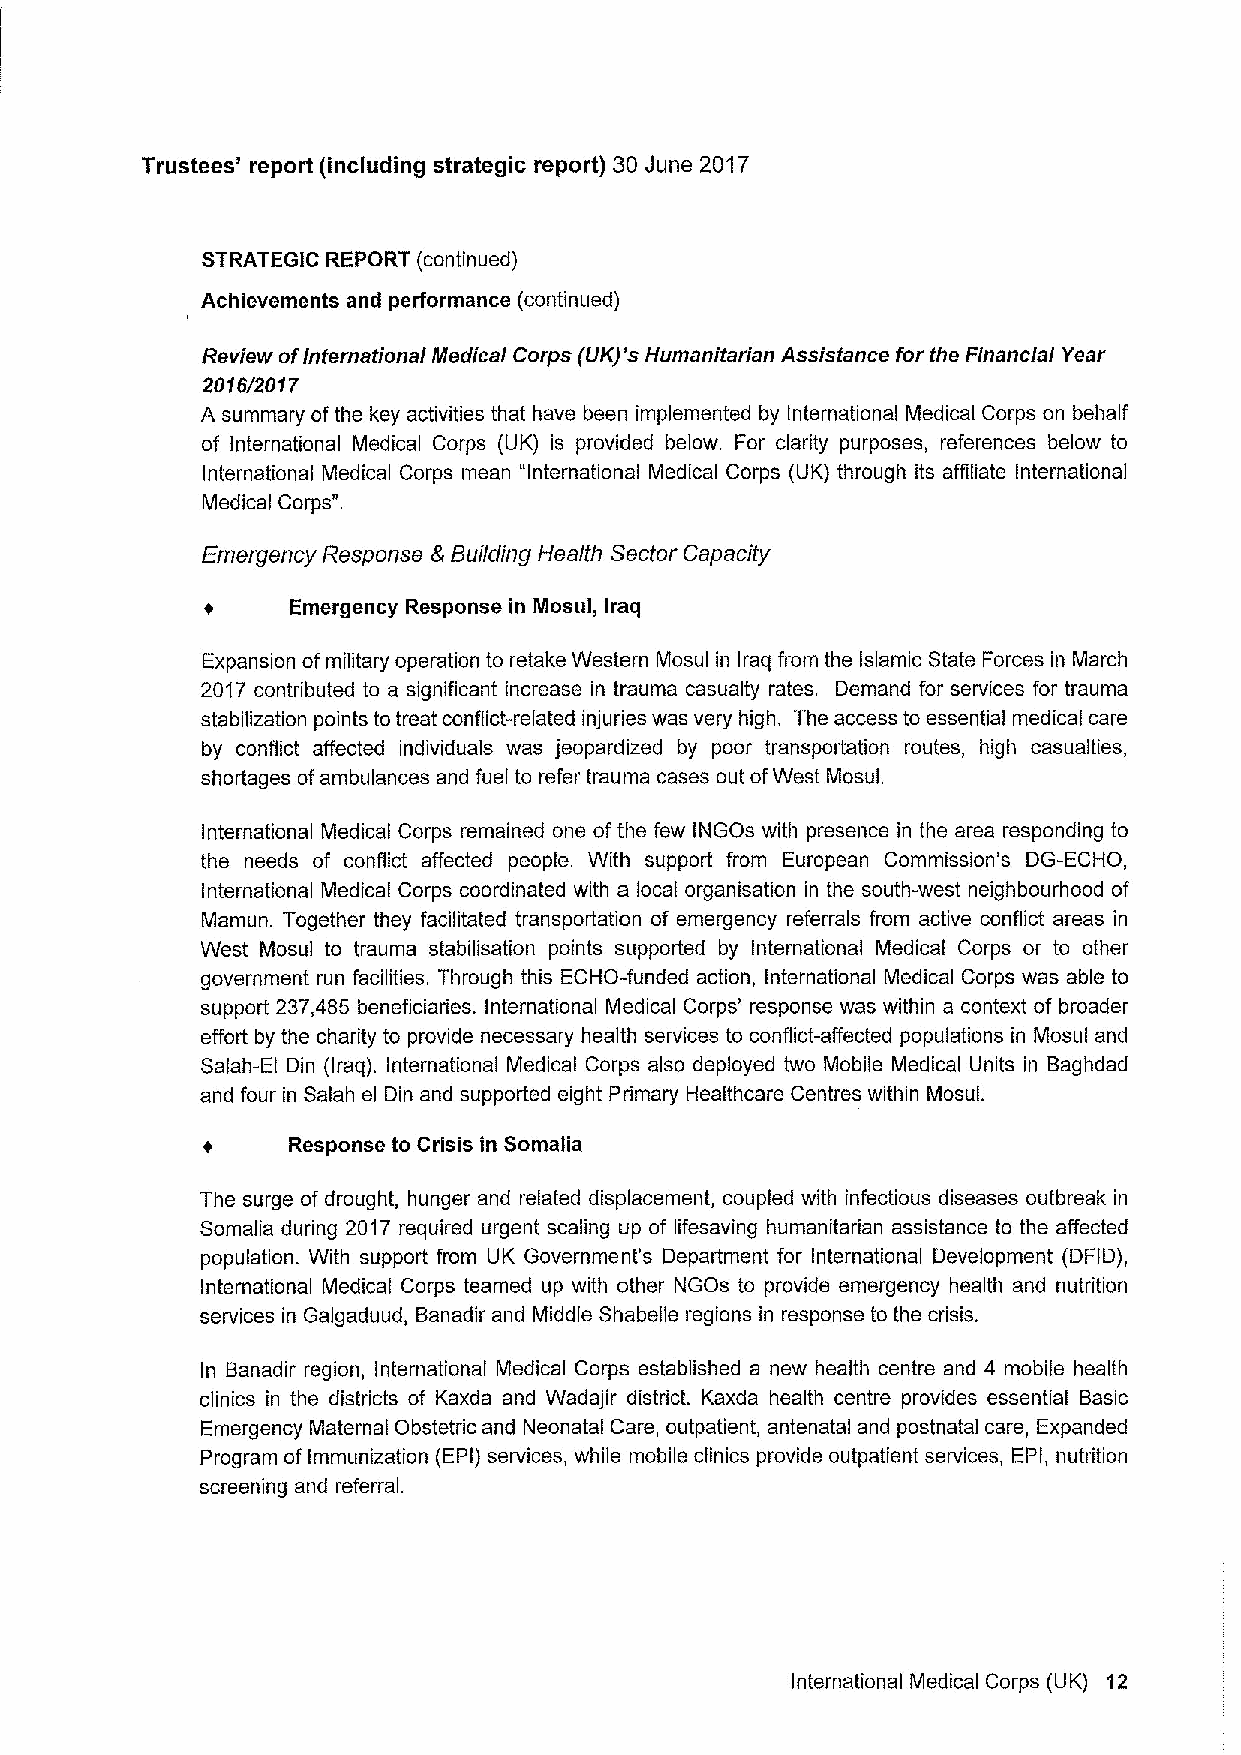
Trustees' report (including strategic report) 30 June 2017
 STRATEGIC REPORT (continued)
 Achievements and performance (continued)
 Review ofinternational Medical Corps (UK)'s Humanitarian Assistance for the Financial Year
 2016/2017
 A summary ofthe key activities that have been implemented by International Medical Corps on behalf
 of International Medical Corps (UK) is provided below. For clarity purposes, references below to
 International Medical Corps mean "International Medical Corps (UK) through its affiliate International
 Medical Corps".
 Emergency Response 6 Building Health Sector Capacity
 Emergency Response in Mosul, Iraq
 Expansion ofmilitary operation to retake Western Mosul in Iraq from the Islamic State Forces in March
 2017 contributed to a significant increase in trauma casualty rates. Demand for services for trauma
 stabilization points to treat conflict-related injuries was very high. The access to essential medical care
 by conflict affected individuals was jeopardized by poor transportation routes, high casualties,
 shortages ofambulances and fuel to refer trauma cases out ofWest Mosul,
 International Medical Corps remained one of the few INGOs with presence in the area responding to
 the needs of conflict affected people. With support from European Commission's DG-ECHO,
 International Medical Corps coordinated with a local organisation in the south-west neighbourhood of
 Mamun. Together they facilitated transportation of emergency referrals from active conflict areas in
 West Mosul to trauma stabilisation points supported by International Medical Corps or to other
 government run facilities. Through this ECHO-funded action, International Medical Corps was able to
 support 237,485 beneficiaries. International Medical Corps' response was within a context of broader
 effort by the charity to provide necessary health services to conflict-aifected populations in Mosul and
 Salah-El Din (Iraq). International Medical Corps also deployed two Mobile Medical Units in Baghdad
 and four in Salah el Din and supported eight Primary Healthcare Centres within Mosul.
 Response to Crisis in Somalia
 The surge of drought, hunger and related displacement, coupled with infectious diseases outbreak in
 Somalia during 2017 required urgent scaling up of lifesaving humanitarian assistance to the affected
 population. With support from UK Government's Department for International Development (DFID),
 International Medical Corps teamed up with other NGOs to provide emergency health and nutrition
 services in Galgaduud, Banadir and Middle Shabelle regions in response to the crisis.
 In Banadir region, International Medical Corps established a new health centre and 4 mobile health
 clinics in the districts of Kaxda and Wadajir district. Kaxda health centre provides essential Basic
 Emergency Maternal Obstetric and Neonatal Care, outpatient, antenatal and postnatal care, Expanded
 Program of immunization (EPI) services, while mobile clinics provide outpatient services, EPI, nutrition
 screening and referral.
 International Medical Corps (UK) 12